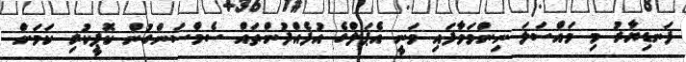
ފަނޑިޔާރު މި މައްސަލަ ނިންމަވާފައި ވަނީ އެޕަލްގެ އުފެއްދުންތައް ސެމްސަންގުން ކޮޕީކުރި ކަމަށް